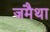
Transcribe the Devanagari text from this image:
जमैथा